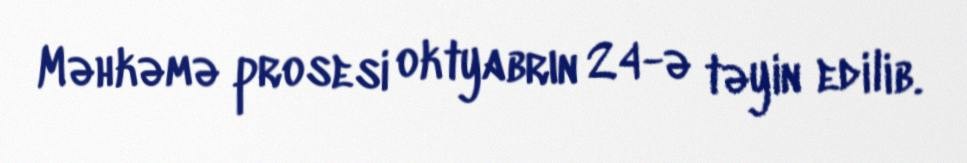
Məhkəmə prosesi oktyabrın 24-ə təyin edilib.